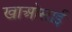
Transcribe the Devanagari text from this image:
खाओसाई